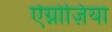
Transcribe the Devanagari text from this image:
ऐग्नोज़िया